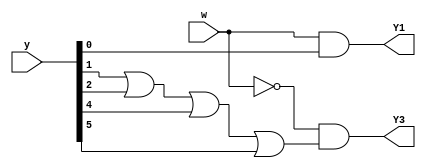
// SPDX-License-Identifier: MIT

module top_module (
    input [5:0] y,
    input w,
    output Y1,
    output Y3
);
    wire [5:0] Y;
//   y                   z
//     | w = 0 | w = 1 |
// A 0     0       1     0
// B 1     3       2     0
// C 2     3       4     0
// D 3     0       5     0
// E 4     3       4     1
// F 5     3       2     1
    
    assign Y1 = w & y[0];
    assign Y3 = !w & (y[1] | y[2] | y[4] | y[5]);
    
endmodule